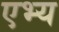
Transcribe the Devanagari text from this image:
एभ्य